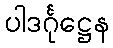
ပါဒင်္ဂုဋ္ဌေန